Leaving Certificate Examination (including Day School Certificate (Higher) General paper), 1939
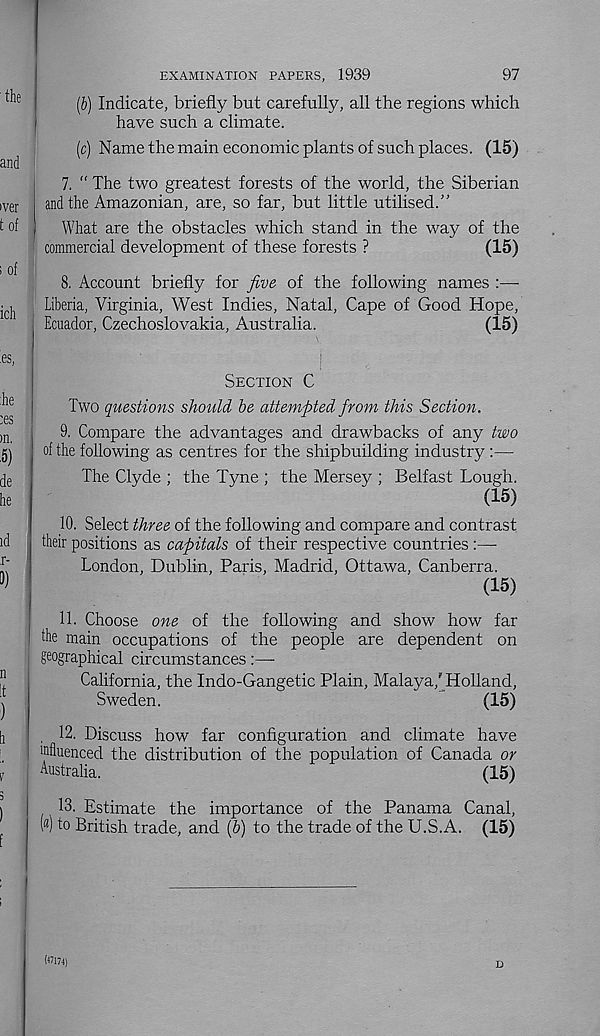
97
EXAMINATION PAPERS, 1939
(b) Indicate, briefly but carefully, all the regions which
have such a climate.
(c) Name the main economic plants of such places. (15)
7. " The two greatest forests of the world, the Siberian
and the Amazonian, are, so far, but little utilised.”
What are the obstacles which stand in the way of the
commercial development of these forests ?
(15)
8. Account briefly for five of the following names :—-
Liberia, Virginia, West Indies, Natal, Cape of Good Hope,
Ecuador, Czechoslovakia, Australia.
(15)
Section C
Two questions should be attempted from this Section.
9. Compare the advantages and drawbacks of any two
of the following as centres for the shipbuilding industry :—
The Clyde ; the Tyne ; the Mersey ; Belfast Lough.
(15)
10. Select three of the following and compare and contrast
their positions as capitals of their respective countries :—•
London, Dublin, Paris, Madrid, Ottawa, Canberra.
(15)
11. Choose one of the following and show how far
the main occupations of the people are dependent on
geographical circumstances:—
California, the Indo-Gangetic Plain, Malaya/Holland,
Sweden.
(15)
. 12. Discuss how far configuration and climate have
mfluenced the distribution of the population of Canada or
Australia.
(15)
13. Estimate the importance of the Panama Canal,
(«) to British trade, and (b) to the trade of the U.S.A. (15)